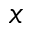
_ x